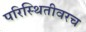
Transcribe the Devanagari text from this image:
परिस्थितीवरच